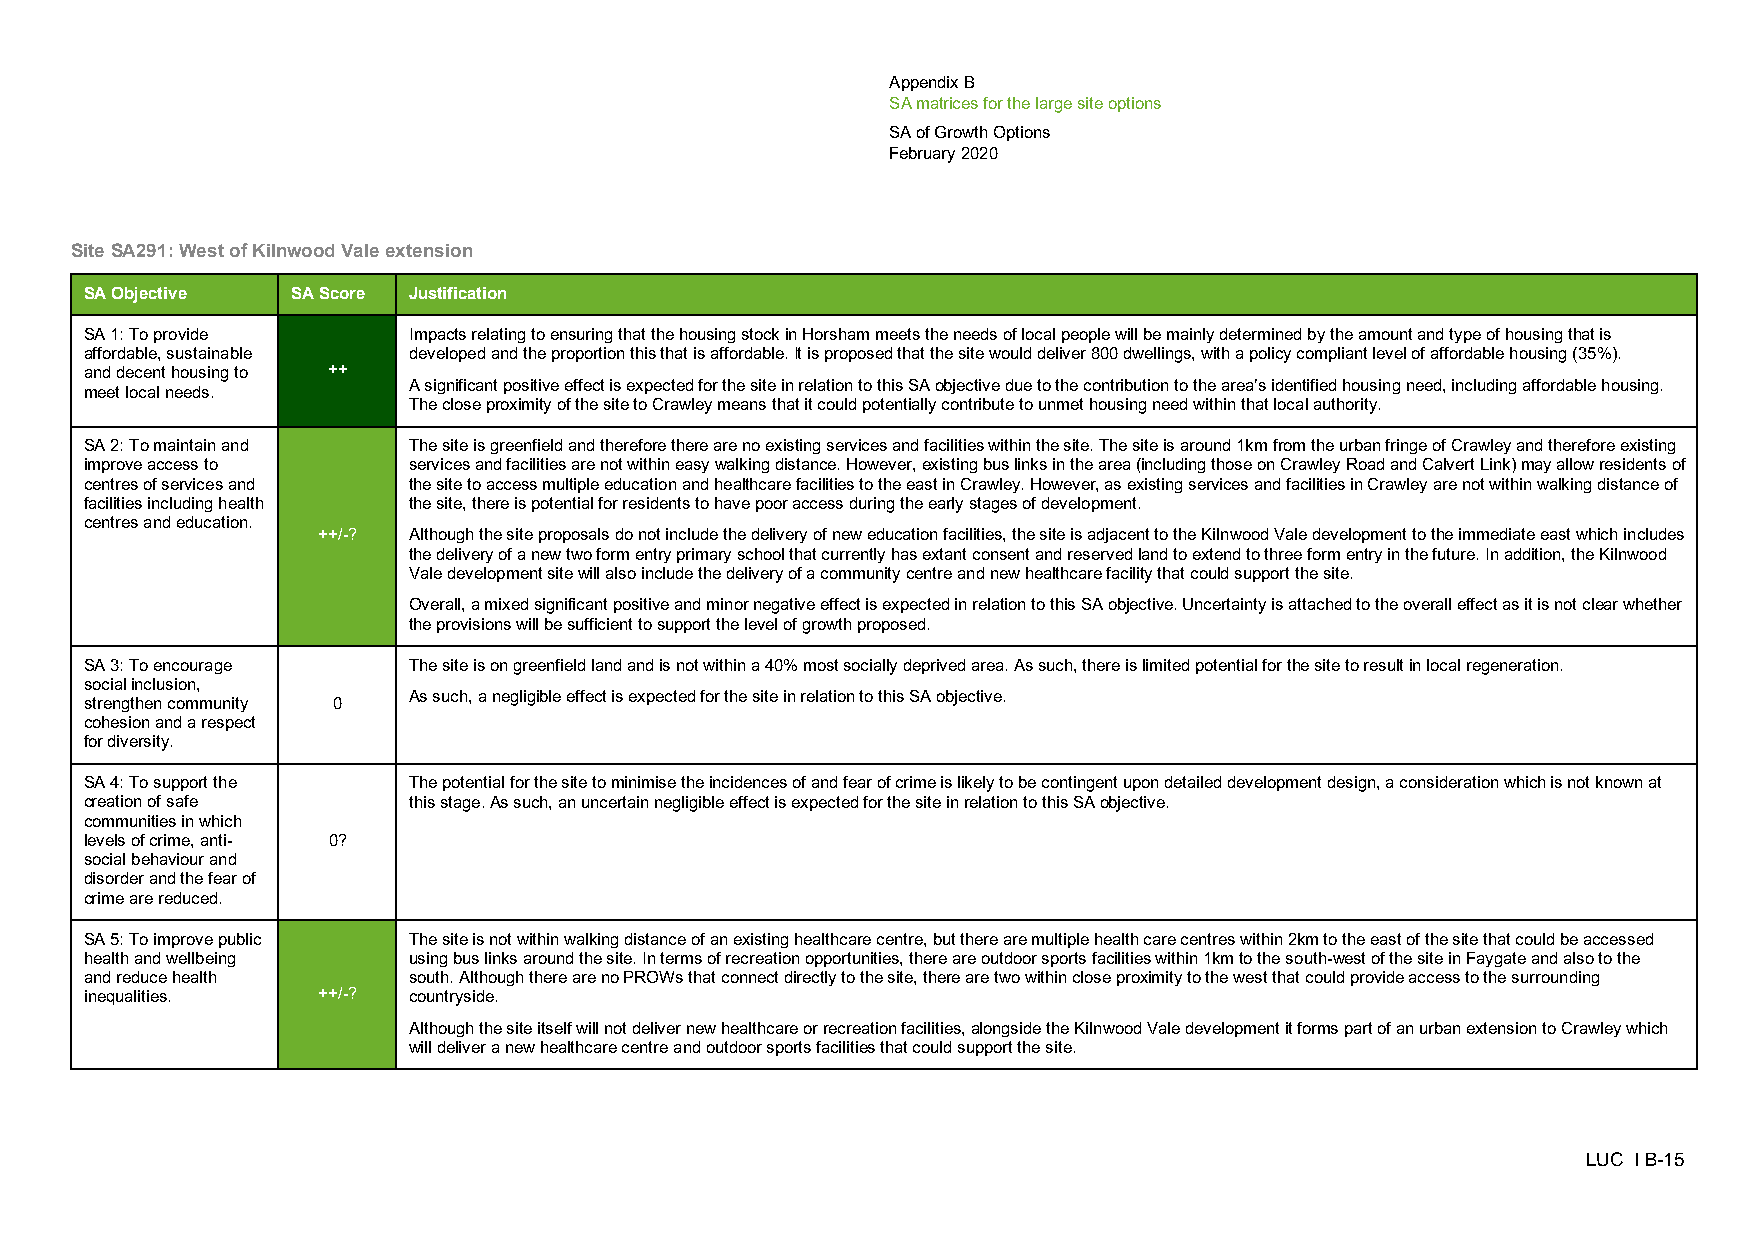
Appendix B
 SA matrices for the large site options
 SA of Growth Options
 February 2020
 Site SA291: West of Kilnwood Vale extension
 SA Objective SA Score Justification
 SA 1: To provide     Impacts relating to ensuring that the housing stock in Horsham meets the needs of local people will be mainly determined by the amount and type of housing that is
 affordable, sustainable developed and the proportion this that is affordable. It is proposed that the site would deliver 800 dwellings, with a policy compliant level of affordable housing (35%).
 and decent housing to ++
 A significant positive effect is expected for the site in relation to this SA objective due to the contribution to the area’s identified housing need, including affordable housing.
 meet local needs.
 The close proximity of the site to Crawley means that it could potentially contribute to unmet housing need within that local authority.
 SA 2: To maintain and The site is greenfield and therefore there are no existing services and facilities within the site. The site is around 1km from the urban fringe of Crawley and therefore existing
 improve access to    services and facilities are not within easy walking distance. However, existing bus links in the area (including those on Crawley Road and Calvert Link) may allow residents of
 centres of services and the site to access multiple education and healthcare facilities to the east in Crawley. However, as existing services and facilities in Crawley are not within walking distance of
 facilities including health the site, there is potential for residents to have poor access during the early stages of development.
 centres and education.
 ++/-? Although the site proposals do not include the delivery of new education facilities, the site is adjacent to the Kilnwood Vale development to the immediate east which includes
 the delivery of a new two form entry primary school that currently has extant consent and reserved land to extend to three form entry in the future. In addition, the Kilnwood
 Vale development site will also include the delivery of a community centre and new healthcare facility that could support the site.
 Overall, a mixed significant positive and minor negative effect is expected in relation to this SA objective. Uncertainty is attached to the overall effect as it is not clear whether
 the provisions will be sufficient to support the level of growth proposed.
 SA 3: To encourage   The site is on greenfield land and is not within a 40% most socially deprived area. As such, there is limited potential for the site to result in local regeneration.
 social inclusion,
 As such, a negligible effect is expected for the site in relation to this SA objective.
 strengthen community 0
 cohesion and a respect
 for diversity.
 SA 4: To support the The potential for the site to minimise the incidences of and fear of crime is likely to be contingent upon detailed development design, a consideration which is not known at
 creation of safe     this stage. As such, an uncertain negligible effect is expected for the site in relation to this SA objective.
 communities in which
 levels of crime, anti- 0?
 social behaviour and
 disorder and the fear of
 crime are reduced.
 SA 5: To improve public The site is not within walking distance of an existing healthcare centre, but there are multiple health care centres within 2km to the east of the site that could be accessed
 health and wellbeing using bus links around the site. In terms of recreation opportunities, there are outdoor sports facilities within 1km to the south-west of the site in Faygate and also to the
 and reduce health    south. Although there are no PROWs that connect directly to the site, there are two within close proximity to the west that could provide access to the surrounding
 inequalities.  ++/-? countryside.
 Although the site itself will not deliver new healthcare or recreation facilities, alongside the Kilnwood Vale development it forms part of an urban extension to Crawley which
 will deliver a new healthcare centre and outdoor sports facilities that could support the site.
 LUC I B-15